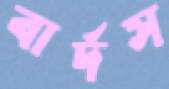
বার্দস